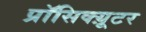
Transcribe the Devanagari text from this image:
प्रॉसिक्य़ूटर